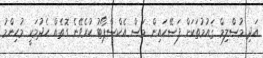
އަދި މުސްލިމް ޤައުމުތަކަށް ފަސޭހައިން މަސް އެކްސްޕޯޓު ކުރެވޭނެ ގޮތެއް ހެދުމަކީ މުހިންމު